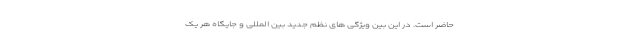
حاضر است. در این بین ویژگی های نظم جدید بین المللی و جایگاه هر یک